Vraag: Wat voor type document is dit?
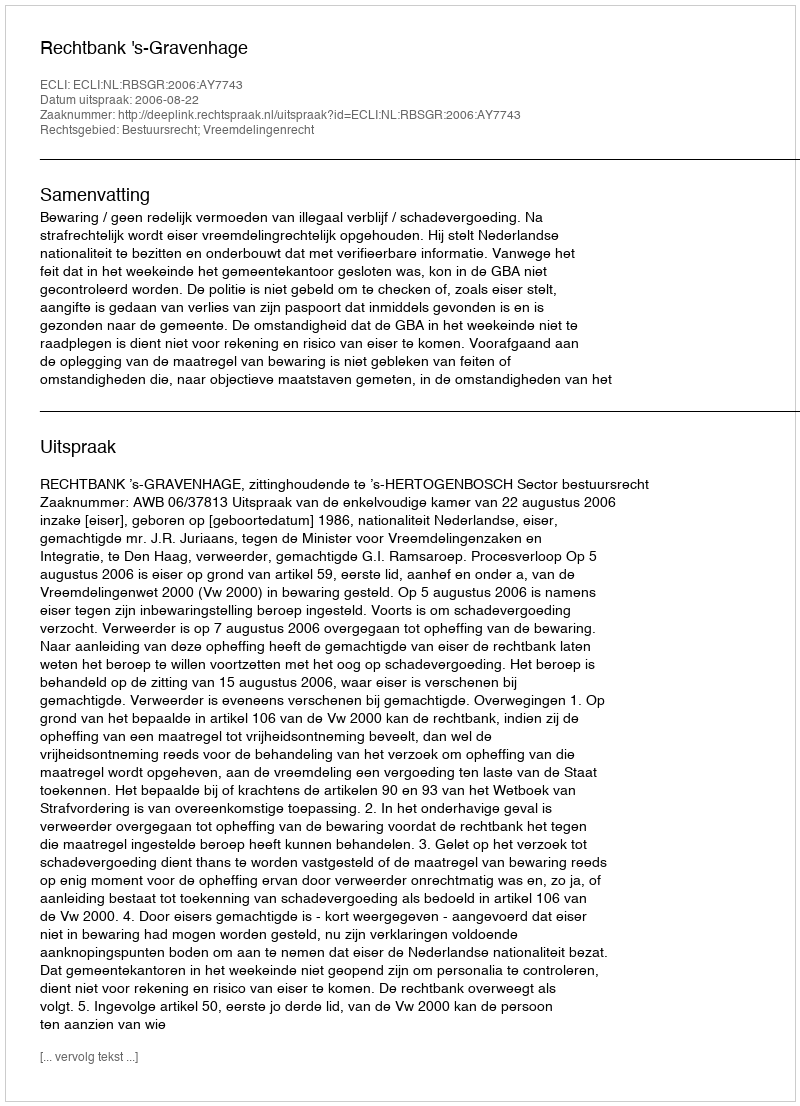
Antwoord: Uitspraak